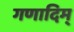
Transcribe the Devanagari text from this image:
गणादिम्